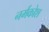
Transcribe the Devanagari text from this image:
नर्मकोश